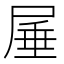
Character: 𭕠